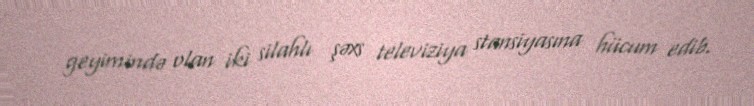
geyimində olan iki silahlı şəxs televiziya stansiyasına hücum edib.